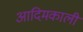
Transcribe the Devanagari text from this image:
आदिमकाली